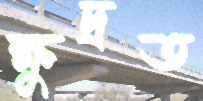
ক্ষুদ্রত